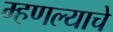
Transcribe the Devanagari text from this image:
म्हणल्याचे